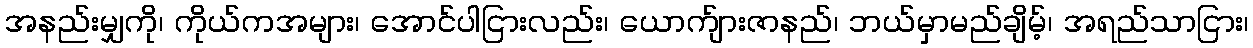
အနည်းမျှကို၊ ကိုယ်ကအများ၊ အောင်ပါငြားလည်း၊ ယောက်ျားဇာနည်၊ ဘယ်မှာမည်ချိမ့်၊ အရည်သာငြား၊